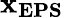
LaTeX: \mathbf{x_{EPS}}